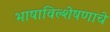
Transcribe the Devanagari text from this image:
भाषाविल्शेषणाचे